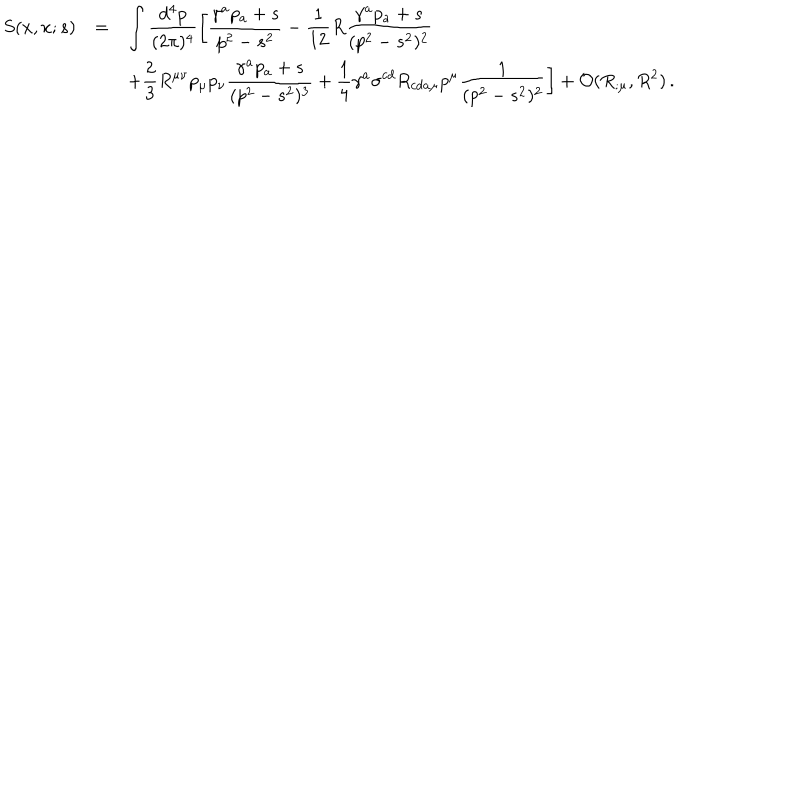
LaTeX: \begin{array} { r c l } { { \displaystyle S ( x , x ; s ) } } & { { = } } & { { \displaystyle \int \frac { d ^ { 4 } p } { ( 2 \pi ) ^ { 4 } } \left[ \frac { \gamma ^ { a } p _ { a } + s } { p ^ { 2 } - s ^ { 2 } } - \frac { 1 } { 1 2 } R \frac { \gamma ^ { a } p _ { a } + s } { ( p ^ { 2 } - s ^ { 2 } ) ^ { 2 } } \right. } } \\ { { } } & { { } } & { { \displaystyle \left. + \frac { 2 } { 3 } { R } ^ { \mu \nu } p _ { \mu } p _ { \nu } \frac { \gamma ^ { a } p _ { a } + s } { ( p ^ { 2 } - s ^ { 2 } ) ^ { 3 } } + \frac { 1 } { 4 } \gamma ^ { a } \sigma ^ { c d } { R } _ { c d a \mu } p ^ { \mu } \frac { 1 } { ( p ^ { 2 } - s ^ { 2 } ) ^ { 2 } } \right] + { \cal O } ( R _ { ; \mu } , R ^ { 2 } ) \, . } } \\ \end{array}